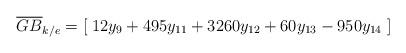
LaTeX: \begin{align*} \overline{GB}_{k/e} =[\; & 12 y_{{9}}+495 y_{{11}}+3260 y_{{12}}+60y_{{13}}-950 y_{{14}}\; ]\end{align*}